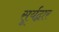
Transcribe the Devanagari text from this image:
सूर्यद्वार